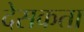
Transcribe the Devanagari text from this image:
देसकता